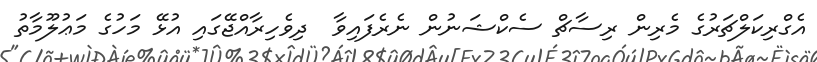
އެގްރިކަލްޗަރުގެ މެރިން ރިސާޗް ސެކްޝަނުން ނެރެފައިވާ  ދިވެހިރާއްޖޭގައި އުޅޭ މަހުގެ މަޢުލޫމާތު